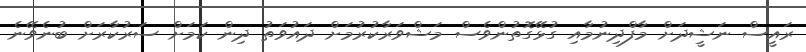
ރައީސް ނަޝީދަށް މާފްދިނުމާއި ގުޅޭގޮތުންވެސް މަޝްވަރާކުރުމަށް ދައުވަތު ދިން ކަމަށް ސަރުކާރަށް ބުނެވޭނެ